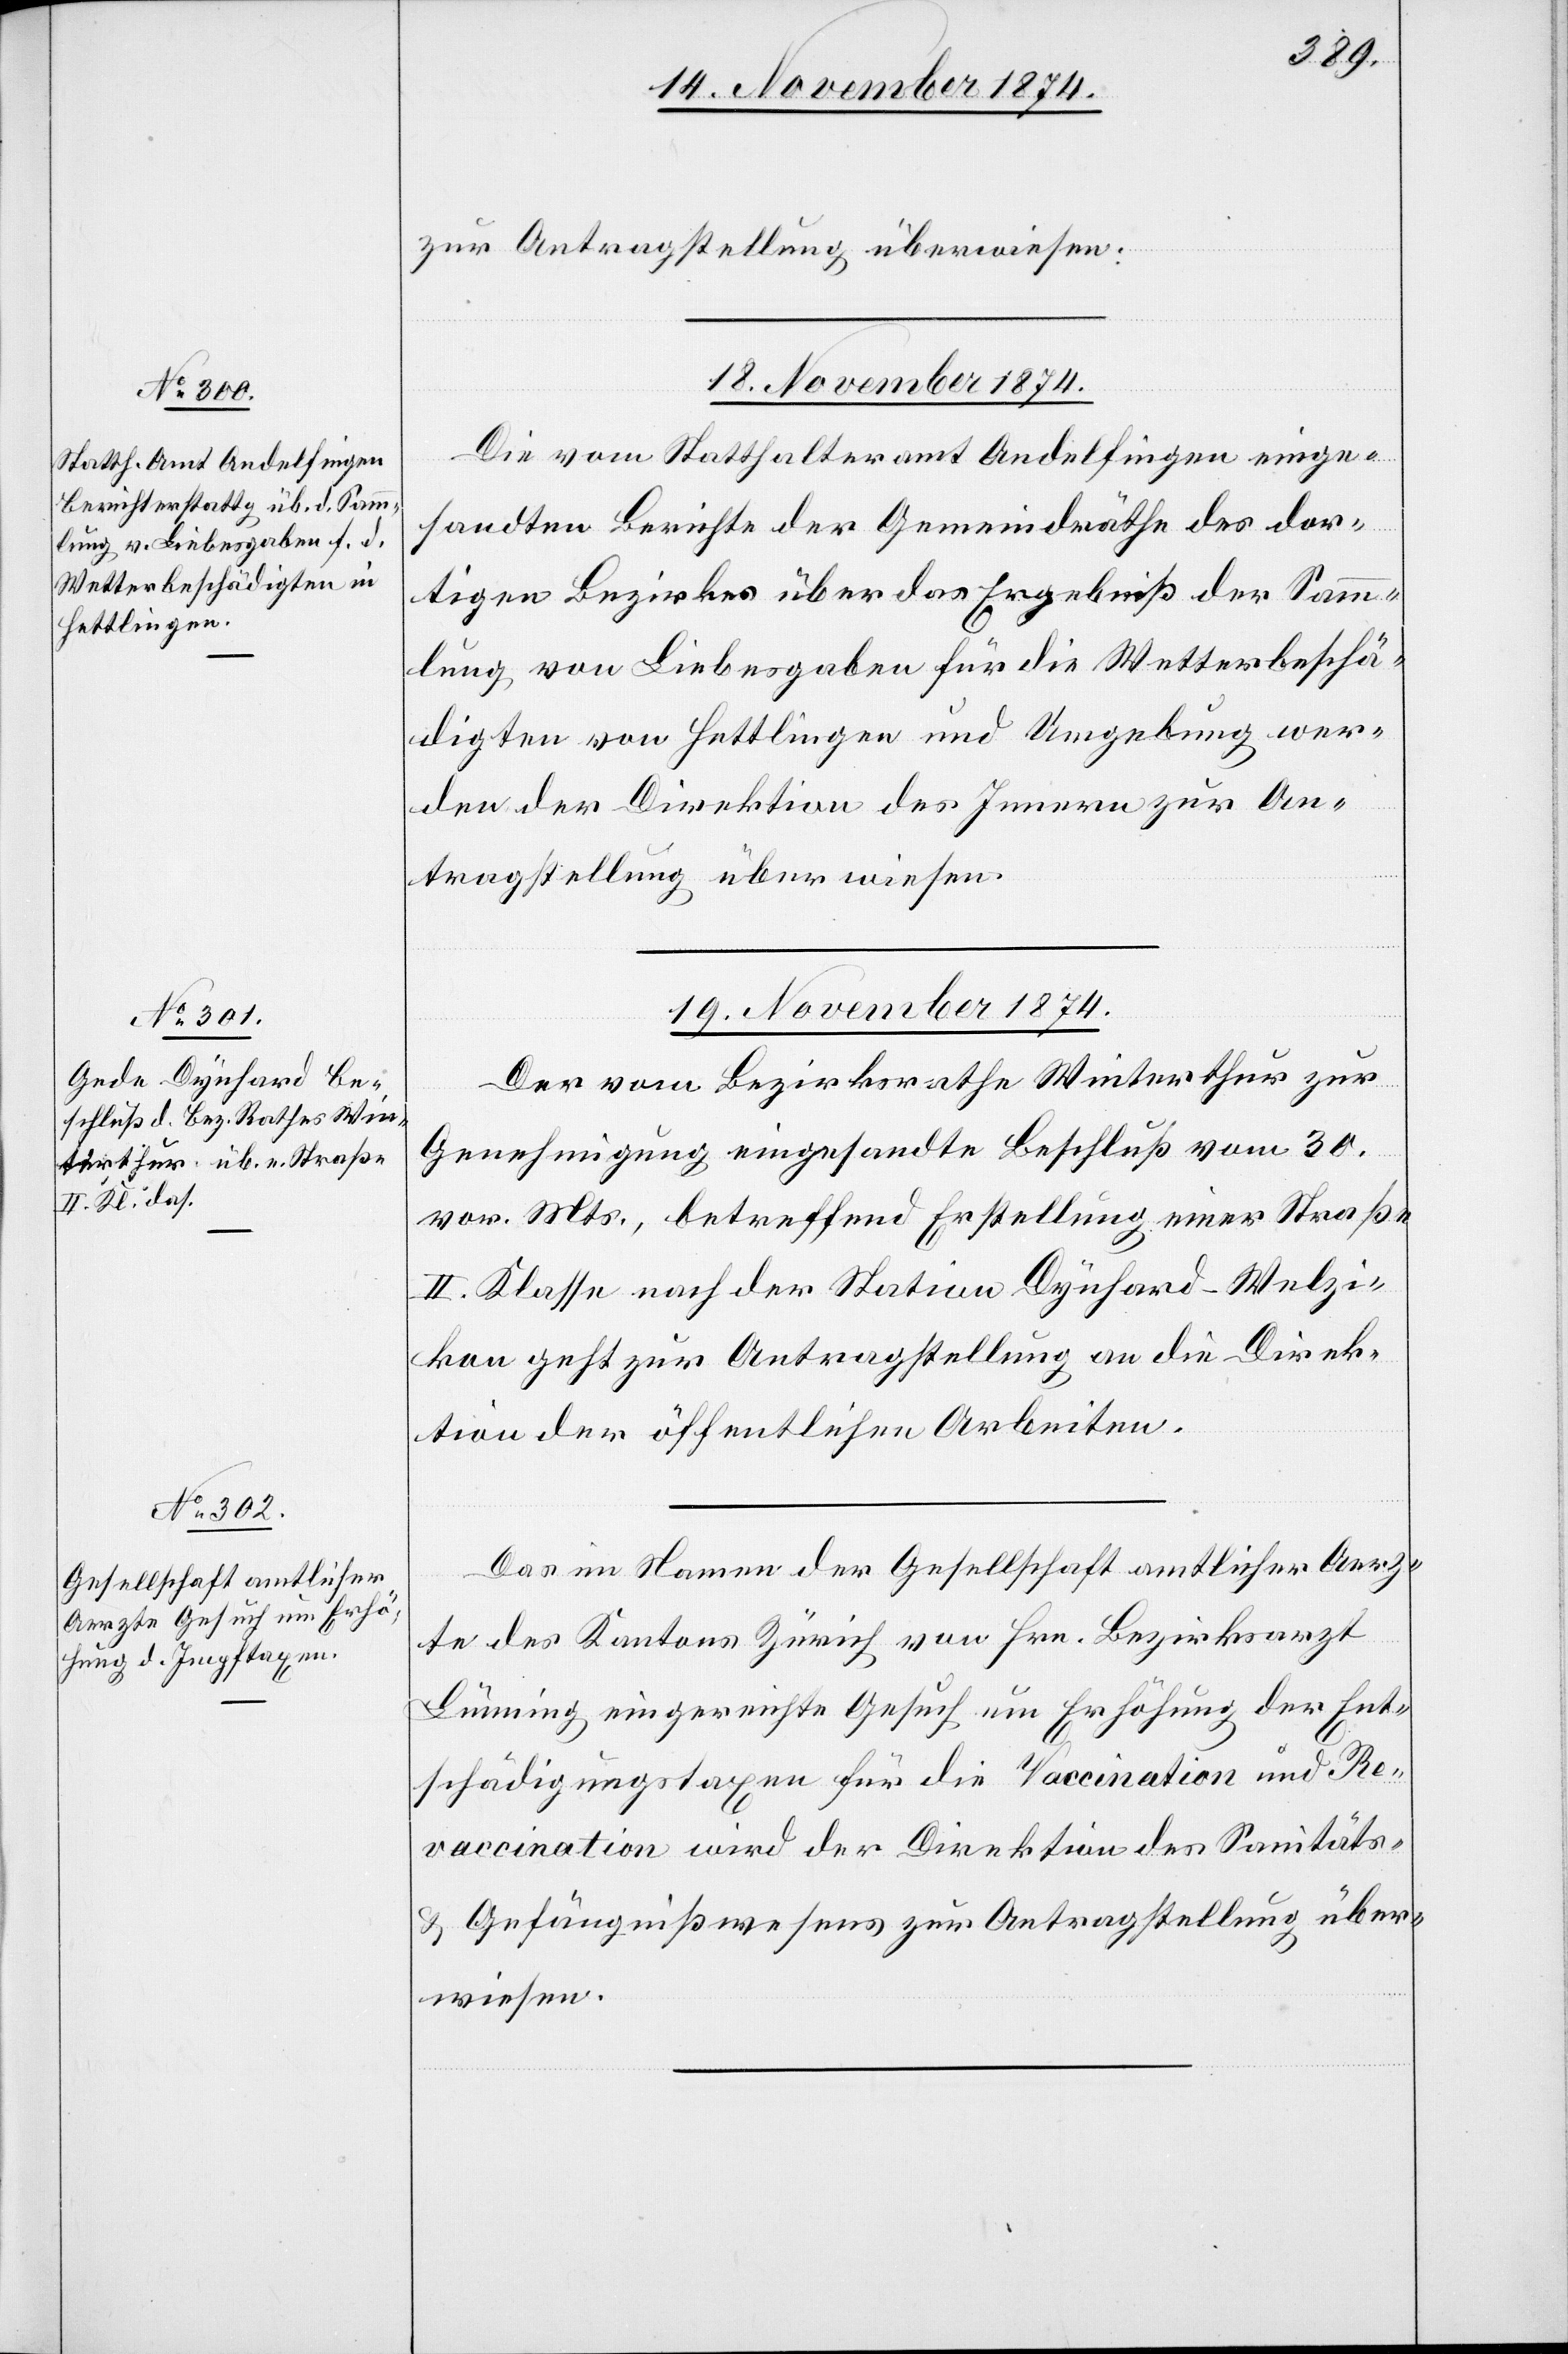
zur Antragstellung überwiesen.
18. November 1874.
Die vom Statthalteramt Andelfingen einge¬
sandten Berichte der Gemeindräthe des dor¬
tigen Bezirks über das Ergebniß der Samm¬
lung von Liebesgaben für die Wetterbeschä¬
digten von Hettlingen und Umgebung wer¬
den der Direktion des Innern zur An¬
tragstellung überwiesen.
19. November 1874.]
Der vom Bezirksrathe Winterthur zur
Genehmigung eingesandte Beschluß vom 30.
vor. Mts., betreffend Erstellung einer Straße
II. Klasse nach der Station Dynhard-Welzi¬
kon geht zur Antragstellung an die Direk¬
tion der öffentlichen Arbeiten.
Das im Namen der Gesellschaft amtlicher Aerz¬
te des Kantons Zürich von Hrn. Bezirksarzt
Lümming eingereichte Gesuch um Erhöhung der Ent¬
schädigungstaxen für die Vaccination und Re¬
vaccination wird der Direktion des Sanitäts-
& Gefängnißwesens zur Antragstellung über¬
wiesen.